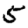
Digit: 5